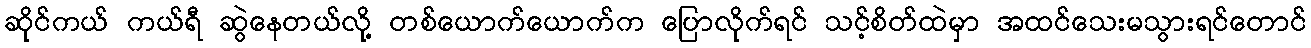
ဆိုင်ကယ် ကယ်ရီ ဆွဲနေတယ်လို့ တစ်ယောက်ယောက်က ပြောလိုက်ရင် သင့်စိတ်ထဲမှာ အထင်သေးမသွားရင်တောင်